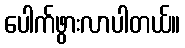
ပေါက်ဖွားလာပါတယ်။